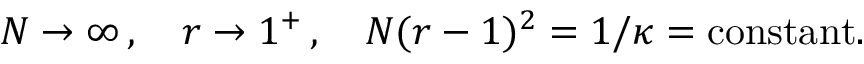
N \rightarrow \infty \, , \quad r \rightarrow 1 ^ { + } \, , \quad N ( r - 1 ) ^ { 2 } = 1 / \kappa = \mathrm { c o n s t a n t } .